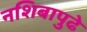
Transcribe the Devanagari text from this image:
नशिबापुढे